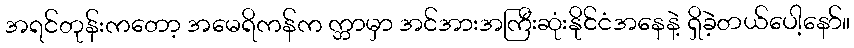
အရင်တုန်းကတော့ အမေရိကန်က က္ဘာမှာ အင်အားအကြီးဆုံးနိုင်ငံအနေနဲ့ ရှိခဲ့တယ်ပေါ့နော်။